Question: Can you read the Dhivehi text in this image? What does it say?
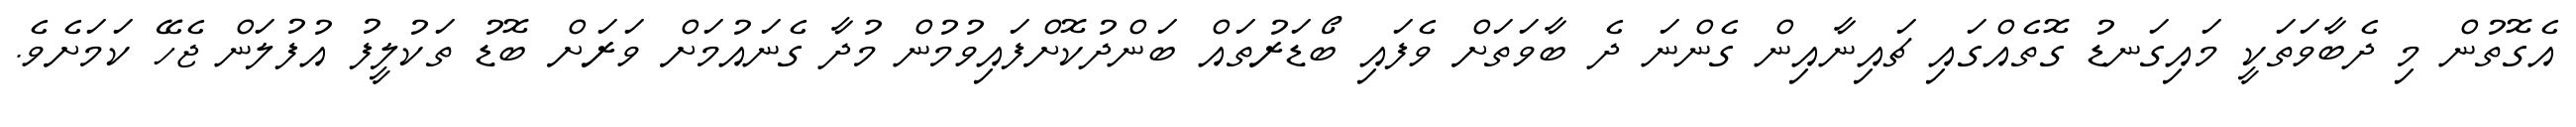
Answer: އެގޮތުން މި ދެބާވަތަކީ މައިގަނޑު ގޮތެއްގައި ޗައިނާއިން ގެންނަ ދެ ބާވަތަށް ވެފައި ބޯޑަރުތައް ބަންދުކޮށްފައިވުމުން މުދާ ގެނައުމަށް ވަރަށް ބޮޑު ތަކުލީފު އުފުލަން ޖެހޭ ކަމަށެވެ.